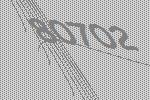
80702